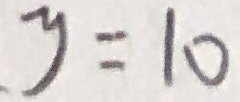
y = 1 0